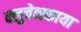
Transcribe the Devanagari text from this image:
क्लुचेव्स्काया